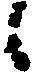
候